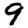
Digit: 9